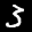
Label: 3